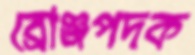
ব্রোঞ্জপদক